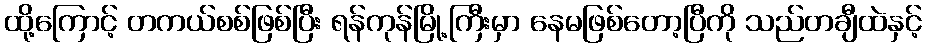
ထို့ကြောင့် တကယ်စစ်ဖြစ်ပြီး ရန်ကုန်မြို့ကြီးမှာ နေမဖြစ်တော့ပြီကို သည်တချီထဲနှင့်